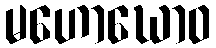
မဟောဃောဝ